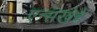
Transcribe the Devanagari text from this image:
एन्सखेडे